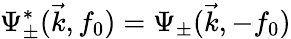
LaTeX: \Psi_{\pm}^{*}(\vec{k},f_{0})=\Psi_{\pm}(\vec{k},-f_{0})